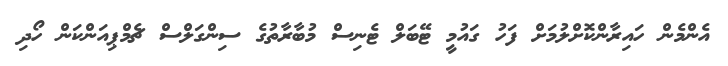
އެންމެން ހައިރާންކޮށްލުމަށް ފަހު ގައުމީ ޓޭބަލް ޓެނިސް މުބާރާތުގެ ސިންގަލްސް ޗެމްޕިއަންކަން ހޯދި